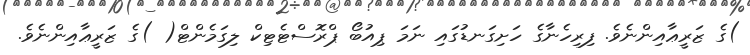
)ގެ ޒަރީޢާއިންނެވެ. ފިރިހެނާގެ ހަށިގަނޑުގައި ނަމަ ޕިއުބޯ ޕްރޮސްޓެޓިކް ލިގަމެންޓް( )ގެ ޒަރީޢާއިންނެވެ.